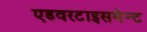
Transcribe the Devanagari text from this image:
एडवरटाइसमेन्ट